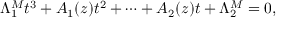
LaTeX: \Lambda _ { 1 } ^ { M } t ^ { 3 } + A _ { 1 } ( z ) t ^ { 2 } + \cdots + A _ { 2 } ( z ) t + \Lambda _ { 2 } ^ { M } = 0 ,